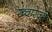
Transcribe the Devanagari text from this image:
ख्वारेज्म